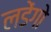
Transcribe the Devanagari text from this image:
लडेंगो